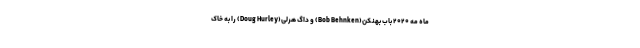
ماه مه ۲۰۲۰ باب بهنکن(Bob Behnken) و داگ هرلی(Doug Hurley) را به خاک